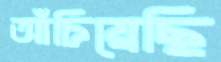
আঁচিয়েছি